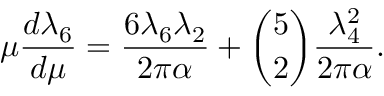
\mu { \frac { d \lambda _ { 6 } } { d \mu } } = { \frac { 6 \lambda _ { 6 } \lambda _ { 2 } } { 2 \pi \alpha } } + { \binom { 5 } { 2 } } { \frac { \lambda _ { 4 } ^ { 2 } } { 2 \pi \alpha } } .